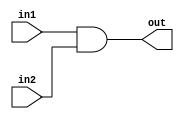
module assign_example(
    input wire in1,
    input wire in2,
    output reg out
);

initial begin
    out = in1 & in2; // Assigning the result of AND operation between in1 and in2 to out at the beginning of simulation
end

endmodule